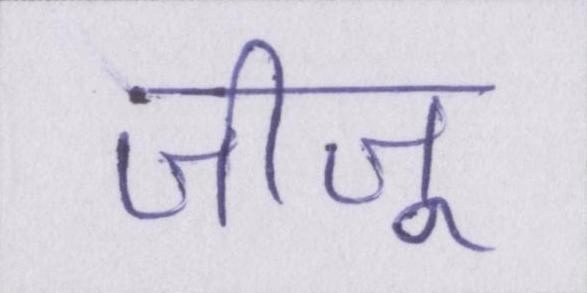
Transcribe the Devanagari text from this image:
जीजू